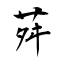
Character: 荈